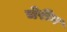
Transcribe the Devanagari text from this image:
चेरीन